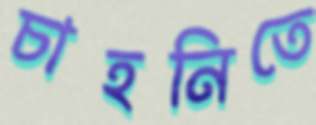
চাহনিতে